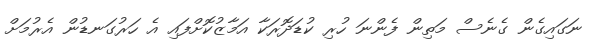
ނަގައިގެން ގެނެސް މަތިން ފެންނަ ހުރި ކުޑަދޮރަކާ އަމާޒުކޮށްފައި އެ ހަރުގަނޑުން އެރުމަށް